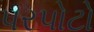
પરપોટો